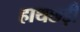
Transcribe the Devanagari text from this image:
हाथछड़ी